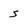
Character: S